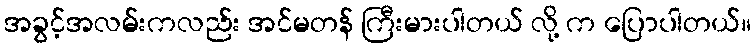
အခွင့်အလမ်းကလည်း အင်မတန် ကြီးမားပါတယ် လို့ က ပြောပါတယ်။